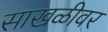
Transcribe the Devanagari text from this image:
साखळीवर